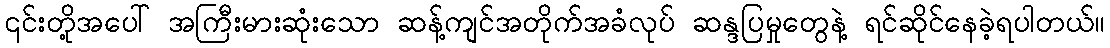
၎င်းတို့အပေါ် အကြီးမားဆုံးသော ဆန့်ကျင်အတိုက်အခံလုပ် ဆန္ဒပြမှုတွေနဲ့ ရင်ဆိုင်နေခဲ့ရပါတယ်။